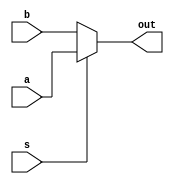
module mux16bit(
    input s,
    input [15:0] a,
    input [15:0] b,
    output [15:0] out
);

    assign out = s ? a:b;

endmodule